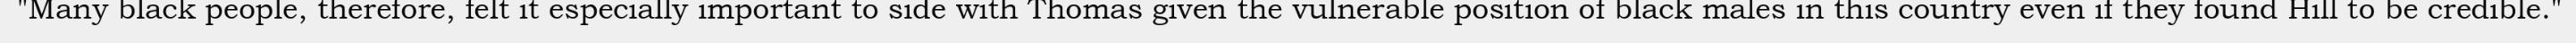
"Many black people, therefore, felt it especially important to side with Thomas given the vulnerable position of black males in this country even if they found Hill to be credible."